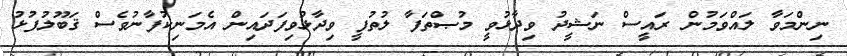
ނިންމަވާ ލައްވަމުން ރައީސް ނަޝީދު ވިދާޅުވީ މުޞްތަފާ ލުތުފީ ވިދާޅުވިފަދައިން އެމަނިކުފާނުވެސް ޤަބޫލުފުޅު